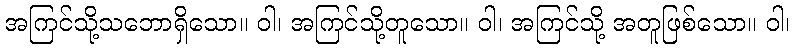
အကြင်သို့သဘောရှိသော။ ဝါ၊ အကြင်သို့တူသော။ ဝါ၊ အကြင်သို့ အတူဖြစ်သော။ ဝါ၊